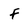
Character: f